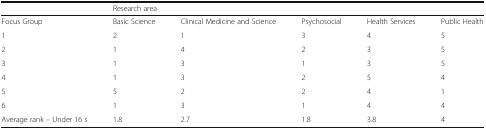
<table><thead><tr><td></td><td colspan="5"><b>Research area</b></td></tr></thead><tbody><tr><td>Focus Group</td><td>Basic Science</td><td>Clinical Medicine and Science</td><td>Psychosocial</td><td>Health Services</td><td>Public Health</td></tr><tr><td>1</td><td>2</td><td>1</td><td>3</td><td>4</td><td>5</td></tr><tr><td>2</td><td>1</td><td>4</td><td>2</td><td>3</td><td>5</td></tr><tr><td>3</td><td>1</td><td>3</td><td>1</td><td>3</td><td>5</td></tr><tr><td>4</td><td>1</td><td>3</td><td>2</td><td>5</td><td>4</td></tr><tr><td>5</td><td>5</td><td>2</td><td>2</td><td>4</td><td>1</td></tr><tr><td>6</td><td>1</td><td>3</td><td>1</td><td>4</td><td>4</td></tr><tr><td>Average rank – Under 16 s</td><td>1.8</td><td>2.7</td><td>1.8</td><td>3.8</td><td>4</td></tr></tbody></table>